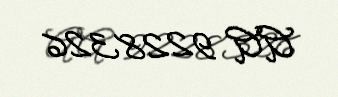
AA 9228326